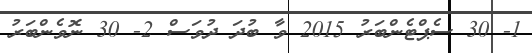
1- 30 ސެޕްޓެންބަރު 2015 ވާ ބުދަ ދުވަސް 2- 30 ނޮވެންބަރު